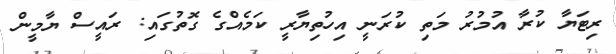
ރިޓަޔާ ކުރާ އުމުރު މަތި ކުރަނީ އިހުތިޔާރީ ކަމެއްގެ ގޮތުގައި: ރައީސް ޔާމީން